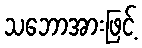
သဘောအားဖြင့်